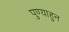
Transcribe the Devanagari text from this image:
पुण्याहुन